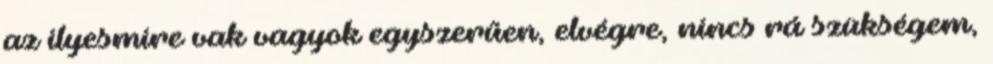
az ilyesmire vak vagyok egyszerűen, elvégre, nincs rá szükségem,